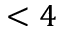
< 4